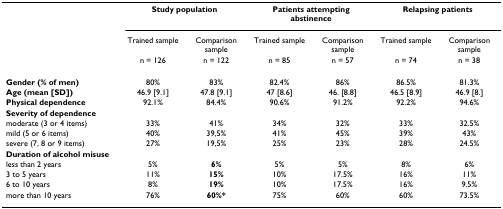
|  | <COLSPAN=2> Study population | <COLSPAN=2> Patients attempting abstinence | <COLSPAN=2> Relapsing patients |
 |  | Trained sample | Comparison sample | Trained sample | Comparison sample | Trained sample | Comparison sample |
 |  | n = 126 | n = 122 | n = 85 | n = 57 | n = 74 | n = 38 |
 | --- | --- | --- | --- | --- | --- | --- |
 | Gender (% of men) | 80% | 83% | 82.4% | 86% | 86.5% | 81.3% |
 | Age (mean [SD]) | 46.9 [9.1] | 47.8 [9.1] | 47 [8.6] | 46. [8.8] | 46.5 [8.9] | 46.9 [8.] |
 | Physical dependence | 92.1% | 84.4% | 90.6% | 91.2% | 92.2% | 94.6% |
 | Severity of dependence |  |  |  |  |  |  |
 | moderate (3 or 4 items) | 33% | 41% | 34% | 32% | 33% | 32.5% |
 | mild (5 or 6 items) | 40% | 39,5% | 41% | 45% | 39% | 43% |
 | severe (7, 8 or 9 items) | 27% | 19,5% | 25% | 23% | 28% | 24.5% |
 | Duration of alcohol misuse |  |  |  |  |  |  |
 | less than 2 years | 5% | 6% | 5% | 5% | 8% | 6% |
 | 3 to 5 years | 11% | 15% | 10% | 17.5% | 16% | 11% |
 | 6 to 10 years | 8% | 19% | 10% | 17.5% | 16% | 9.5% |
 | more than 10 years | 76% | 60%* | 75% | 60% | 60% | 73.5% |